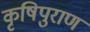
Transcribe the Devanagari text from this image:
कृषिपुराण